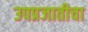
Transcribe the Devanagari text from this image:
उपप्रजातीचा